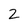
Character: 2